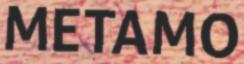
METAMO